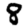
Digit: 8